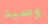
وسيد